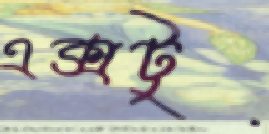
এক্সটু